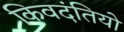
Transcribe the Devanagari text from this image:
किवदंतियो